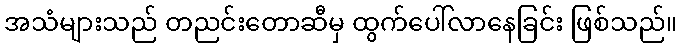
အသံများသည် တညင်းတောဆီမှ ထွက်ပေါ်လာနေခြင်း ဖြစ်သည်။